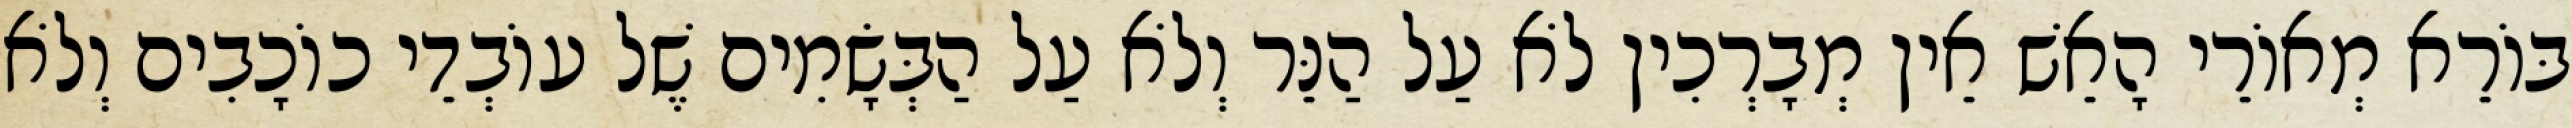
בּוֹרֵא מְאוֹרֵי הָאֵשׁ אֵין מְבָרְכִין לֹא עַל הַנֵּר וְלֹא עַל הַבְּשָׂמִים שֶׁל עוֹבְדֵי כוֹכָבִים וְלֹא